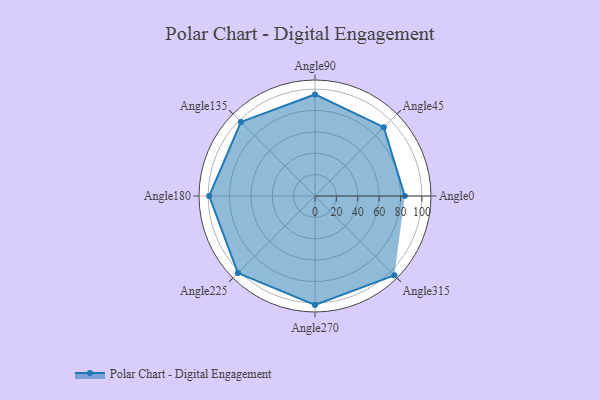
{"axis": {"x": "Angle", "y": "Radius"}, "legend": [""], "data": [{"x": "Angle0", "y": 84.0, "type": ""}, {"x": "Angle45", "y": 91.0, "type": ""}, {"x": "Angle90", "y": 95.0, "type": ""}, {"x": "Angle135", "y": 98.0, "type": ""}, {"x": "Angle180", "y": 99.0, "type": ""}, {"x": "Angle225", "y": 102.0, "type": ""}, {"x": "Angle270", "y": 102.0, "type": ""}, {"x": "Angle315", "y": 105.0, "type": ""}]}